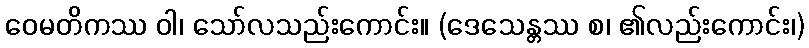
ဝေမတိကဿ ဝါ၊ သော်လသည်းကောင်း။ (ဒေသေန္တဿ စ၊ ၏လည်းကောင်း၊)